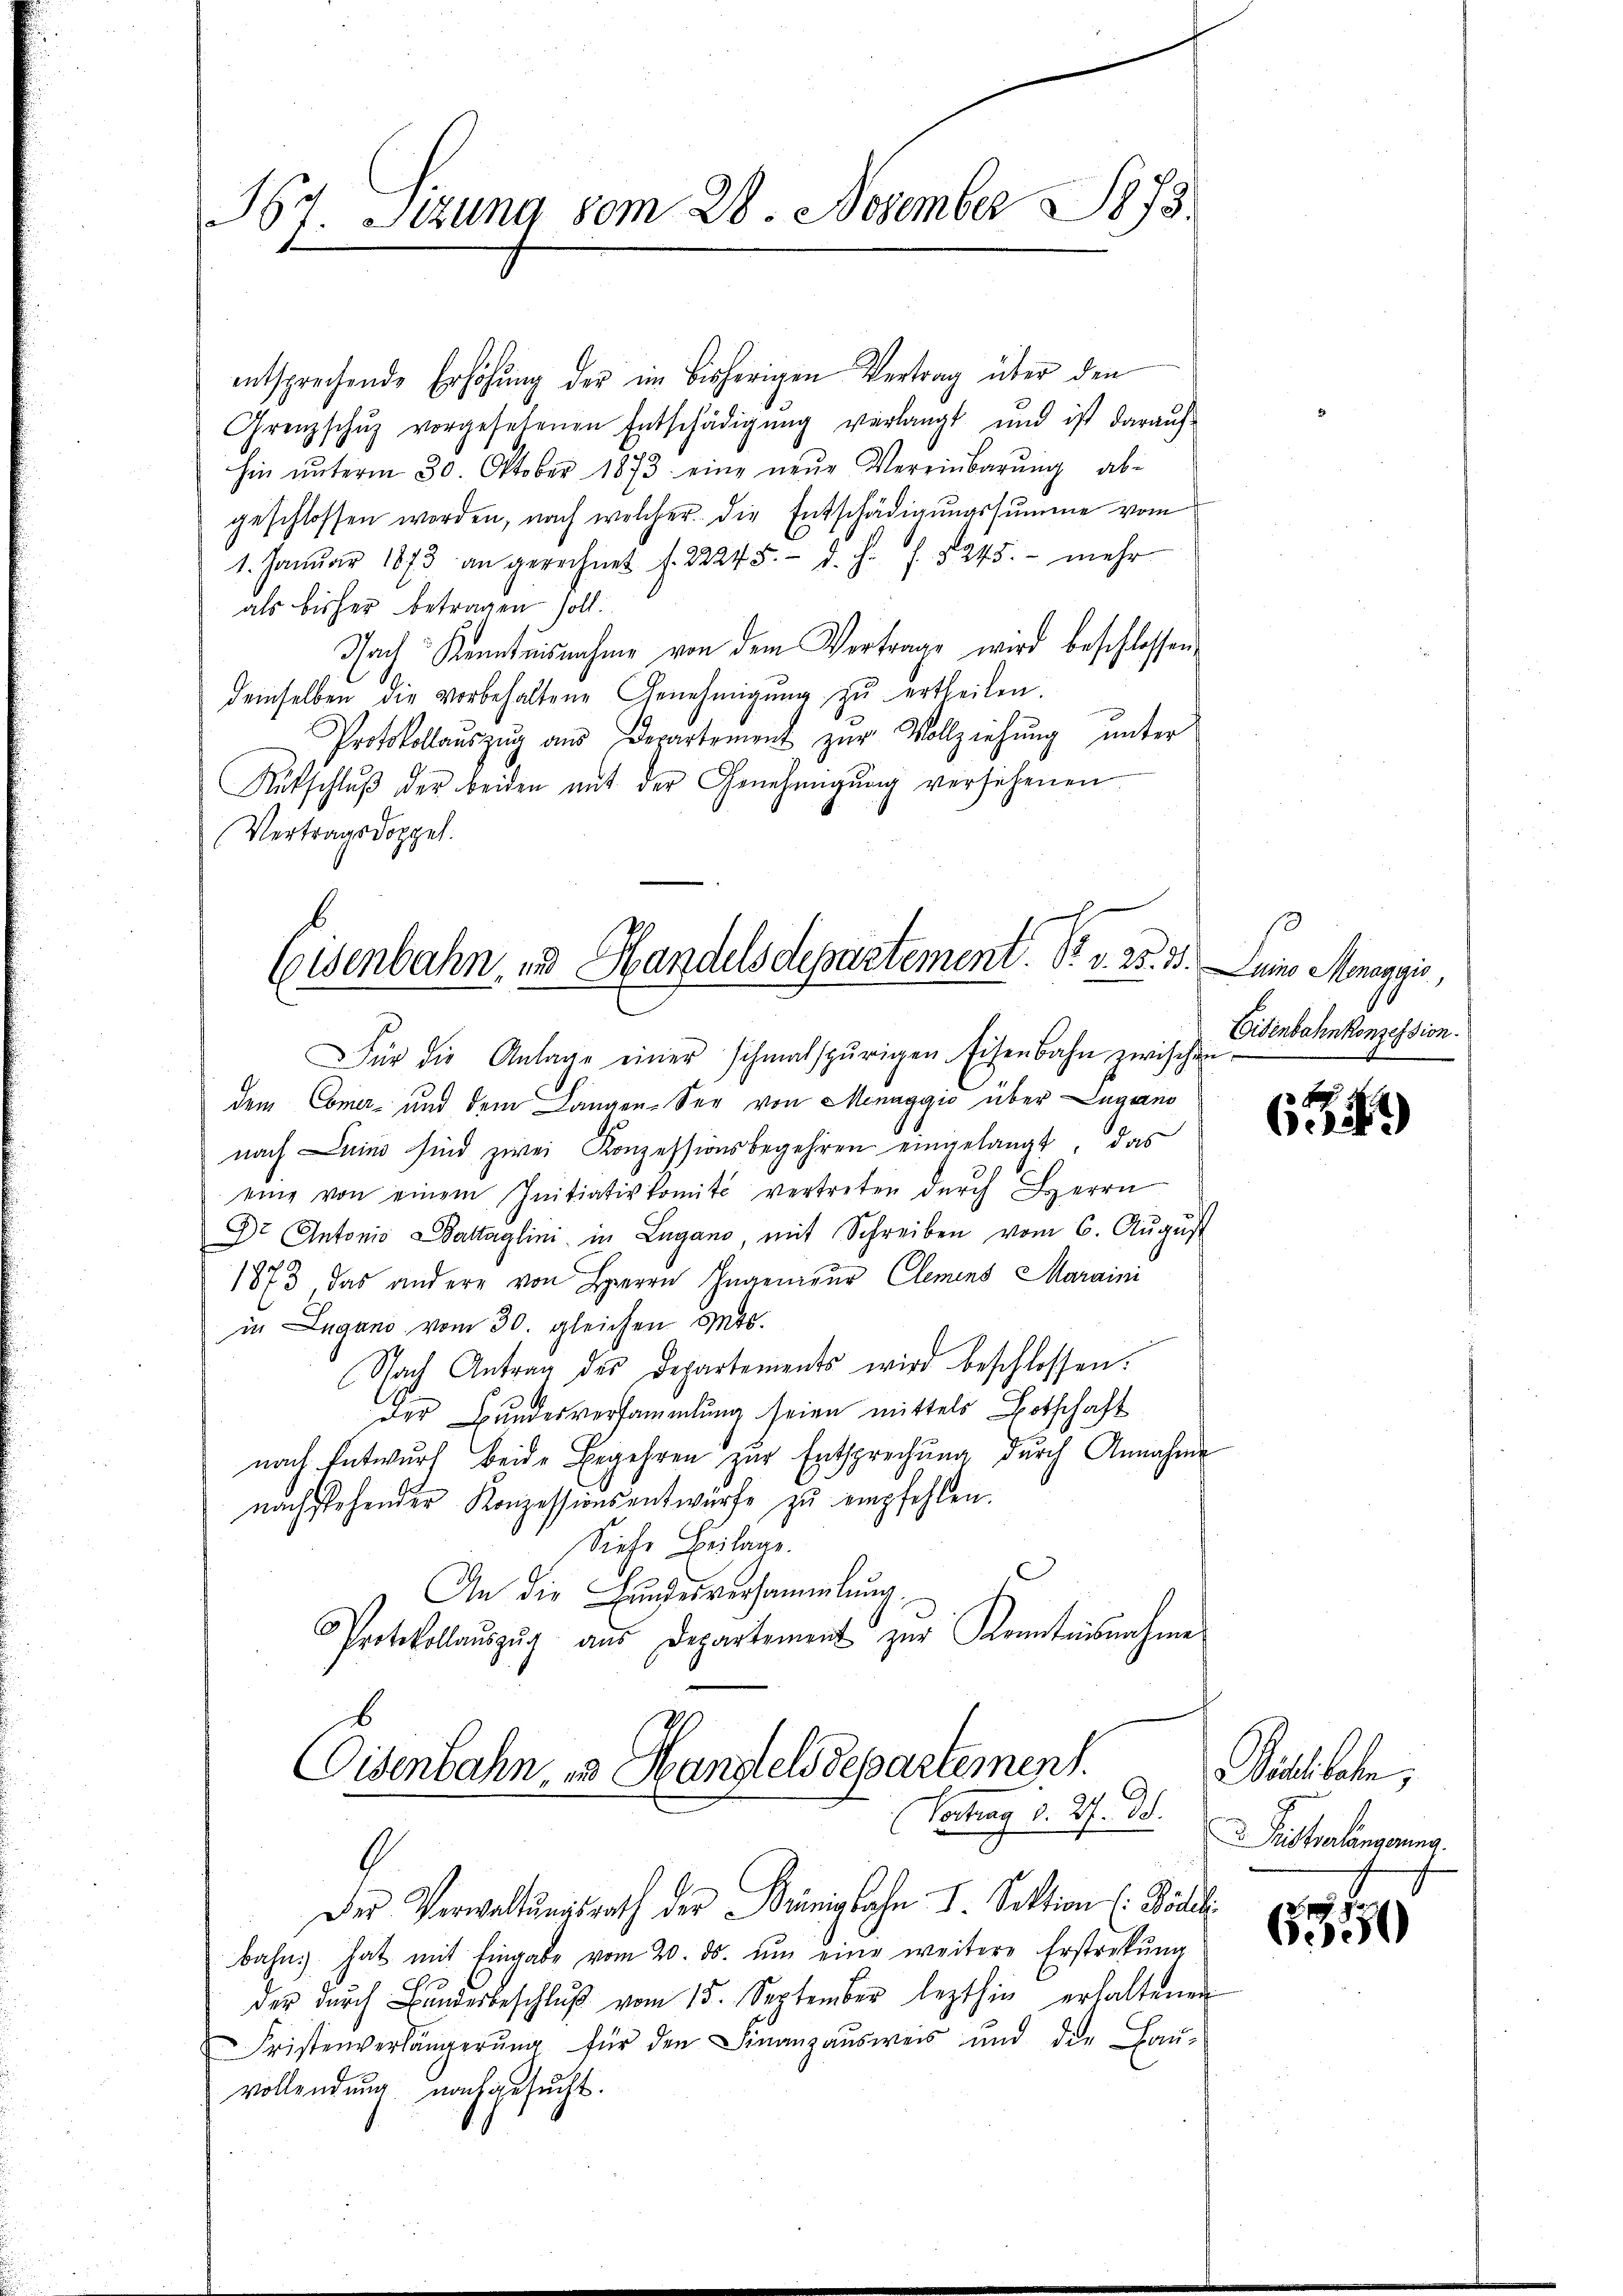
Ht. Sitzung vom 28. November 1873.

entsprechende Erhöhung der im bisherigen Vertrag über den
Grenzschŭz vorgesehenen Entschädigŭng verlangt und ist daraŭf
hin ŭnterm 30. Oktober 1873 eine neŭe Vereinbarŭng abe
geschlossen worden, nach welcher. Die Entschädigungssumme vom
1. Januar 1873 an gerechnet f. 22245. d. h. f. 8245. - mehr
als bisher betragen soll.
Nach Kenntnisnahme von dem Vertrage wird beschlossen
demselben die vorbehaltene Genehmigung zu ertheilen.
Protokollaŭszŭg aŭs derartement zŭr Vollziehung unter
Rütschlŭβ der beiden mit der Genehmigŭng versehenen
Vertragsdoppel.

Eisenbahn, und Handelsdepartement. Pr. v. 25. 30. Junio Menaggis,
Für die Anlage einer schmalspurigen Eisenbahn zwischen

Cisenbahn, in Handelsdepartement.
Vertrag d. 27. d.

dem Comer- und dem Langen-See von Menaggio über Lugano
nach Dein sind zwei Konzessionsbegehren eingelangt, das
eine von einem Initiativkomité vertreten dŭrch Herrn
Dr Antonio Baltaglini in Lugano, mit Schreiben vom 6. Aŭgŭst
1873 das andere von Herrn Ingenieur, Clemens Maraini
in Lugano vom 30. gleichen Mts.
Nach Antrag des Departements wird beschlossen.
der Bundesversammlung seien mittels Botschaft
nach Entwurf beide Begehren zur Entsprechung durch Annahme
nachstehender Konzessionsentwürfe zŭ empfehlen.
Siefe Beilage.
An die Handesversammlung
Protokollaŭszŭg aŭs Departement zŭr Kenntnisnahme

G
Der Verwaltungsrath der Königlohn I. Sektion (Bideli
bahn hat mit Eingabe vom 20. ds. ŭm eine weitere Erstrekŭng
der dŭrch Bŭndesbeschlŭβ vom 15. September lezthig erhaltenen
Fristenverlängerŭng für den Finanzausweis und die Baŭ-
vollendung nachgesucht.

Eisenbahnkonzession.

F
Gisi

Billholen,
Listerlängerung

6550